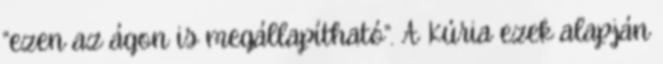
“ezen az ágon is megállapítható”. A Kúria ezek alapján